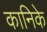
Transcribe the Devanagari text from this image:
कानिके